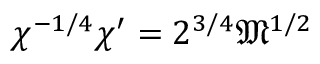
\chi ^ { - 1 / 4 } \chi ^ { \prime } = 2 ^ { 3 / 4 } { \mathfrak { M } } ^ { 1 / 2 }